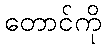
တောင်ကို